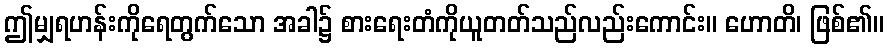
ဤမျှရဟန်းကိုရေတွက်သော အခါ၌ စားရေးတံကိုယူတတ်သည်လည်းကောင်း။ ဟောတိ၊ ဖြစ်၏။